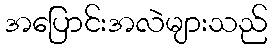
အပြောင်းအလဲများသည်